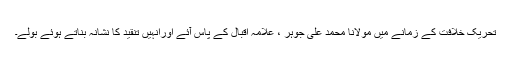
تحریک خلافت کے زمانے میں مولانا محمد علی جوہر ، علامہ اقبال کے پاس آئے اورانہیں تنقید کا نشانہ بناتے ہوئے بولے۔